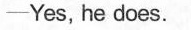
—Yes, he does.